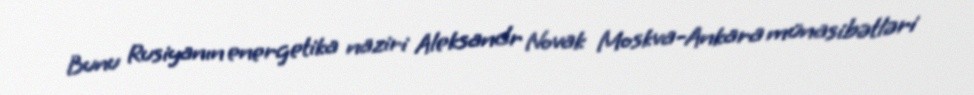
Bunu Rusiyanın energetika naziri Aleksandr Novak Moskva-Ankara münasibətləri